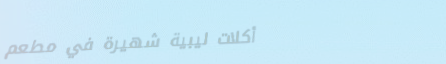
أكلات ليبية شهيرة في مطعم